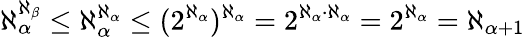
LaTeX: \aleph_{\alpha}^{\aleph_{\beta}}\leq\aleph_{\alpha}^{\aleph_{\alpha}}\leq(2^{\aleph_{\alpha}})^{\aleph_{\alpha}}=2^{\aleph_{\alpha}\cdot\aleph_{\alpha}}=2^{\aleph_{\alpha}}=\aleph_{\alpha+1}